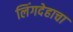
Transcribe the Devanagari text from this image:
लिंगदेहाचा